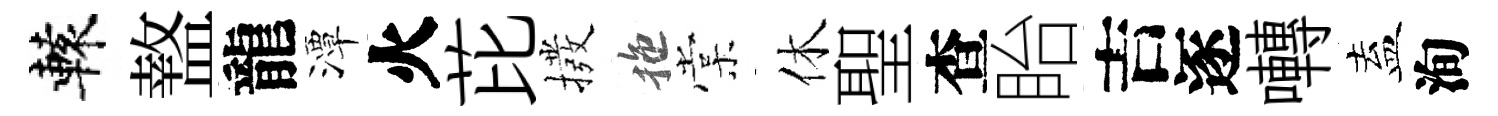
轅盩龍潭火芘撥拖棠休聖查眙吉逐囀盍洵